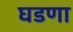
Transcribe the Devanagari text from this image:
घडणा